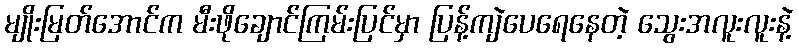
မျိုးမြတ်အောင်က မီးဖိုချောင်ကြမ်းပြင်မှာ ပြန့်ကျဲပေရေနေတဲ့ သွေးအလူးလူးနဲ့